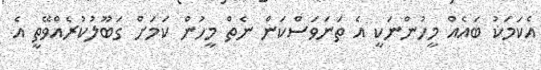
އެކަމަކު ބައެއް މީހުންނަކީ އެ ތަނަވަސްކަން ނެތް މީހުން ކަމަށް ގަބޫލުކުރެއްވޭތީ އެ